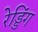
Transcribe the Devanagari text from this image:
रेड्डिंग